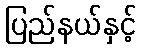
ပြည်နယ်နှင့်